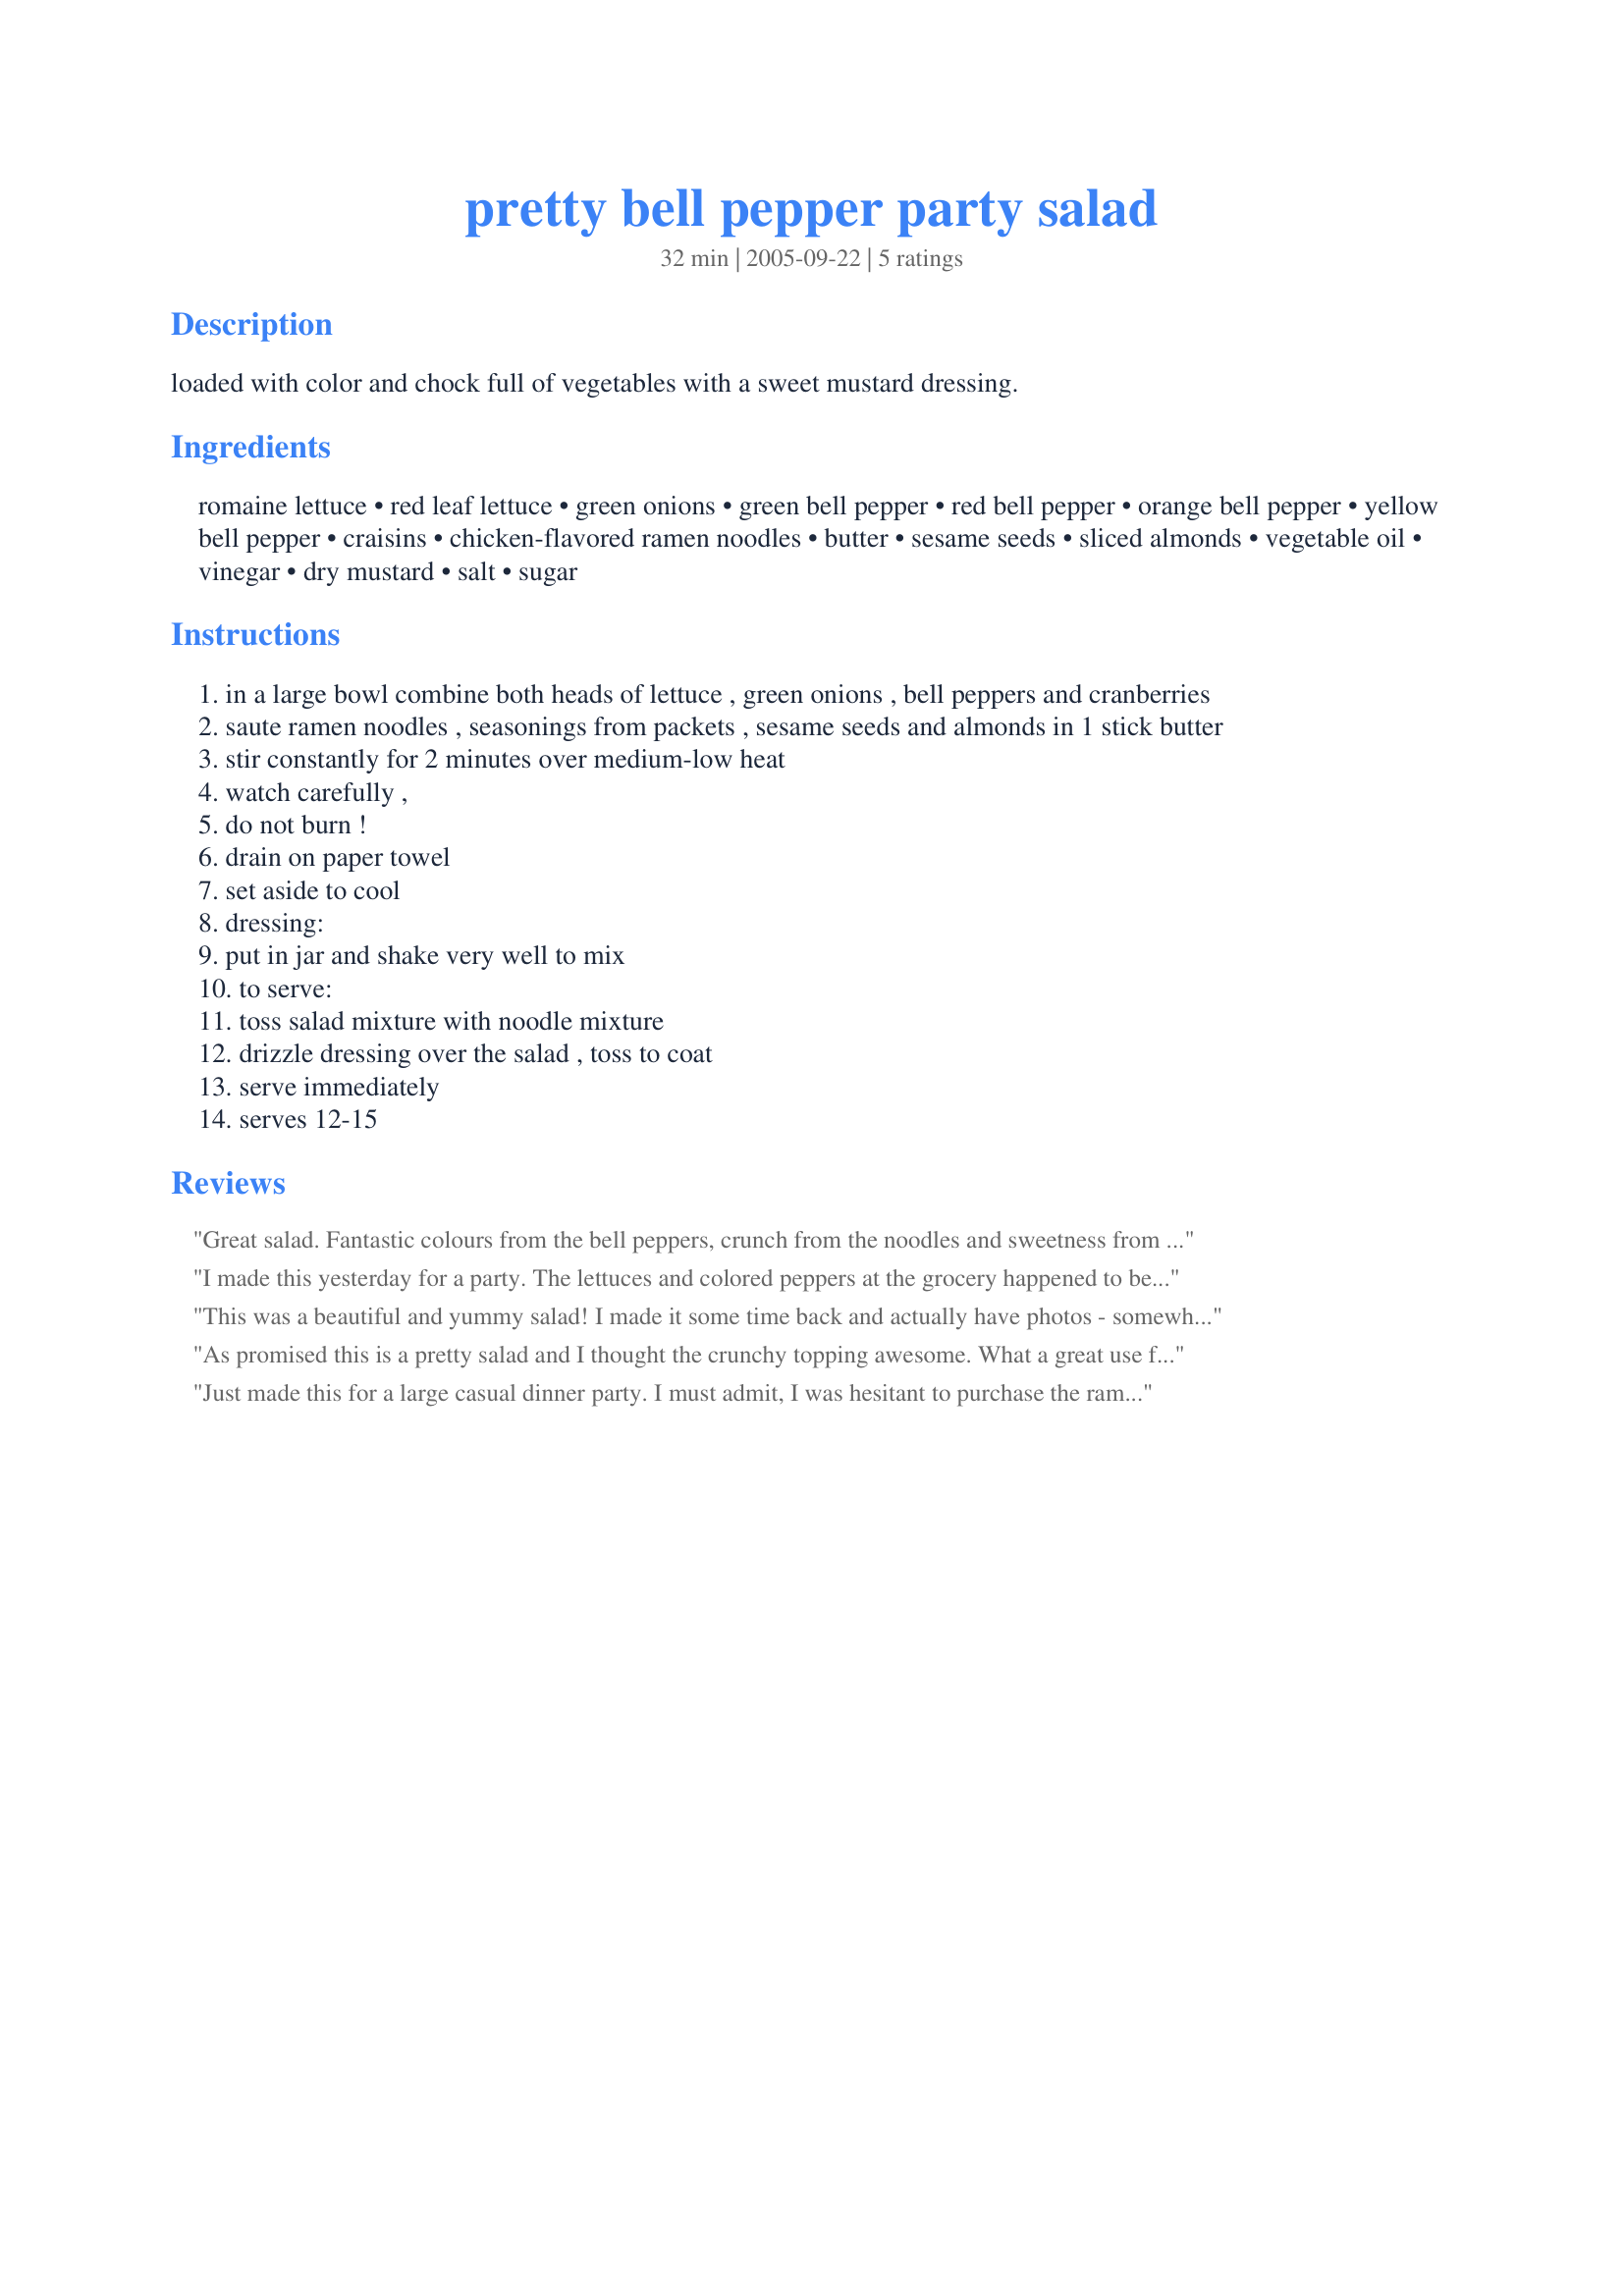
pretty bell pepper party salad
Preparation time: 32 minutes

loaded with color and chock full of vegetables with a sweet mustard dressing.

Ingredients:
romaine lettuce, red leaf lettuce, green onions, green bell pepper, red bell pepper, orange bell pepper, yellow bell pepper, craisins, chicken-flavored ramen noodles, butter, sesame seeds, sliced almonds, vegetable oil, vinegar, dry mustard, salt, sugar

Steps:
in a large bowl combine both heads of lettuce , green onions , bell peppers and cranberries
saute ramen noodles , seasonings from packets , sesame seeds and almonds in 1 stick butter
stir constantly for 2 minutes over medium-low heat
watch carefully ,
do not burn !
drain on paper towel
set aside to cool
dressing:
put in jar and shake very well to mix
to serve:
toss salad mixture with noodle mixture
drizzle dressing over the salad , toss to coat
serve immediately
serves 12-15

Reviews:
Great salad. Fantastic colours from the bell peppers, crunch from the noodles and sweetness from the cranberries and the mustard dressing. A simple salad with great flavours. I used gluten-free noodles to make the salad suitable for my diet. This salad was a good chance for me to use my new V-slicer. Thanks for a great recipe :)
I made this yesterday for a party. The lettuces and colored peppers at the grocery happened to be quite large so the salad turned out HUGE. Not that I&#039;m complaining; it was DELICIOUS and a great hit. I took the advice of others and cut the sugar back to half a cup, and I also cut back on the butter a bit for stir-frying the noodle mix and it worked just fine. Oh, and I used two green bell peppers instead of just one. A great recipe and we definitely won&#039;t be waiting for a party to make it again.
This was a beautiful and yummy salad! I made it some time back and actually have photos - somewhere - and when I find them, I'll post. Thanks, Kelly.
As promised this is a pretty salad and I thought the crunchy topping awesome. What a great use for ramen noodles! I found the dressing a little lacking in mustard flavor, but I reduced the amounts to make a salad for 4. It was overly sweet, but definitely worth trying again because we loved the salad & topping. Thank you for sharing the recipe!
Just made this for a large casual dinner party. I must admit, I was hesitant to purchase the ramen noodles, but went for it none the less and it added a nice crunch and extra flavour (I'll continue to look for a healthier alternative in that respect). I doubled the recipe and used olive oil and veg ramen and about 1/2 as much sugar as in the recipe. It was a hit and there were NO leftovers!!! Thanks!
